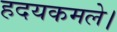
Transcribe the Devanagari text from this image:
हदयकमले।